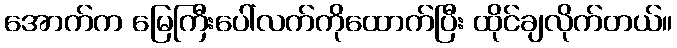
အောက်က မြေကြီးပေါ်လက်ကိုထောက်ပြီး ထိုင်ချလိုက်တယ်။